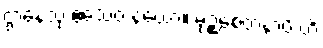
ဌာနေသု ဧသေဝ နယော။ မုဉ္စစေတနာပိ ဟိ